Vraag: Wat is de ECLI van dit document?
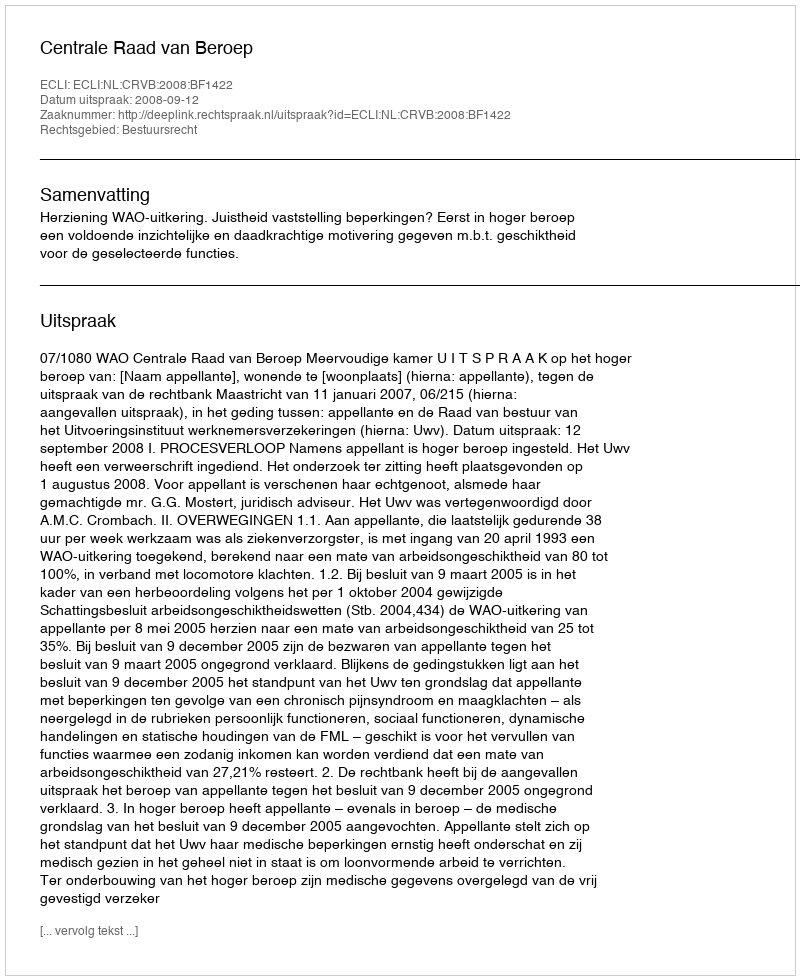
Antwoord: ECLI:NL:CRVB:2008:BF1422